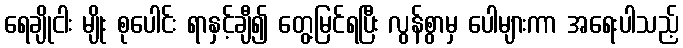
ရေချိုငါး မျိုး စုပေါင်း ရာနှင့်ချီ၍ တွေ့မြင်ရပြီး လွန်စွာမှ ပေါများကာ အရေးပါသည့်